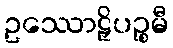
ဥဿောဠှိပဉ္စမီ